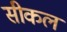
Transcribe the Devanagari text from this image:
सीकल